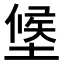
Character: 𭏑